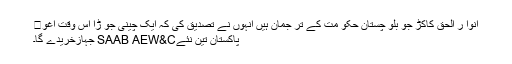
انوا ر الحق کاکڑ جو بلو چستان حکو مت کے تر جمان ہیں انہوں نے تصدیق کی کہ ایک چینی جو ڑا اس وقت اغو�
پاکستان تین نئےSAAB AEW&C جہازخریدے گا۔